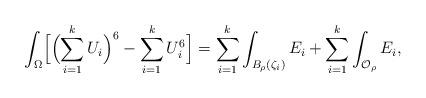
LaTeX: \begin{align*}\int_{\Omega}\Bigl[\Bigl(\sum_{i=1}^k U_i\Bigr)^6-\sum_{i=1}^k U_i^6\Bigr]=\sum_{i=1}^k\int_{B_{\rho}(\zeta_i)}E_i+\sum_{i=1}^k\int_{\mathcal{O}_\rho}E_i,\end{align*}